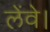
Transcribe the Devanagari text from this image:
लेंवे।